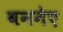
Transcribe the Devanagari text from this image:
बननेए